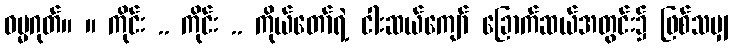
ဓမ္မဂုတ်။ ။ ကိုင်း .. ကိုင်း .. ကိုယ်တော်ရဲ့ ငါးဆယ်ကျော် ခြောက်ဆယ်အတွင်း၌ ဖြစ်သမျှ